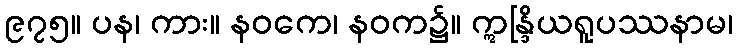
၉၇၅။ ပန၊ ကား။ နဝကေ၊ နဝက၌။ ဣန္ဒြိယရူပဿနာမ၊